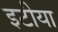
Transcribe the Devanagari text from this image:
इटीया